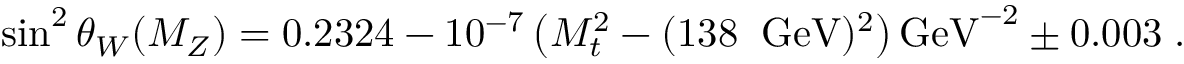
\sin ^ { 2 } \theta _ { W } ( M _ { Z } ) = 0 . 2 3 2 4 - 1 0 ^ { - 7 } \left( M _ { t } ^ { 2 } - ( 1 3 8 \; \; { \mathrm { G e V } } ) ^ { 2 } \right) { \mathrm { G e V } } ^ { - 2 } \pm 0 . 0 0 3 \; .